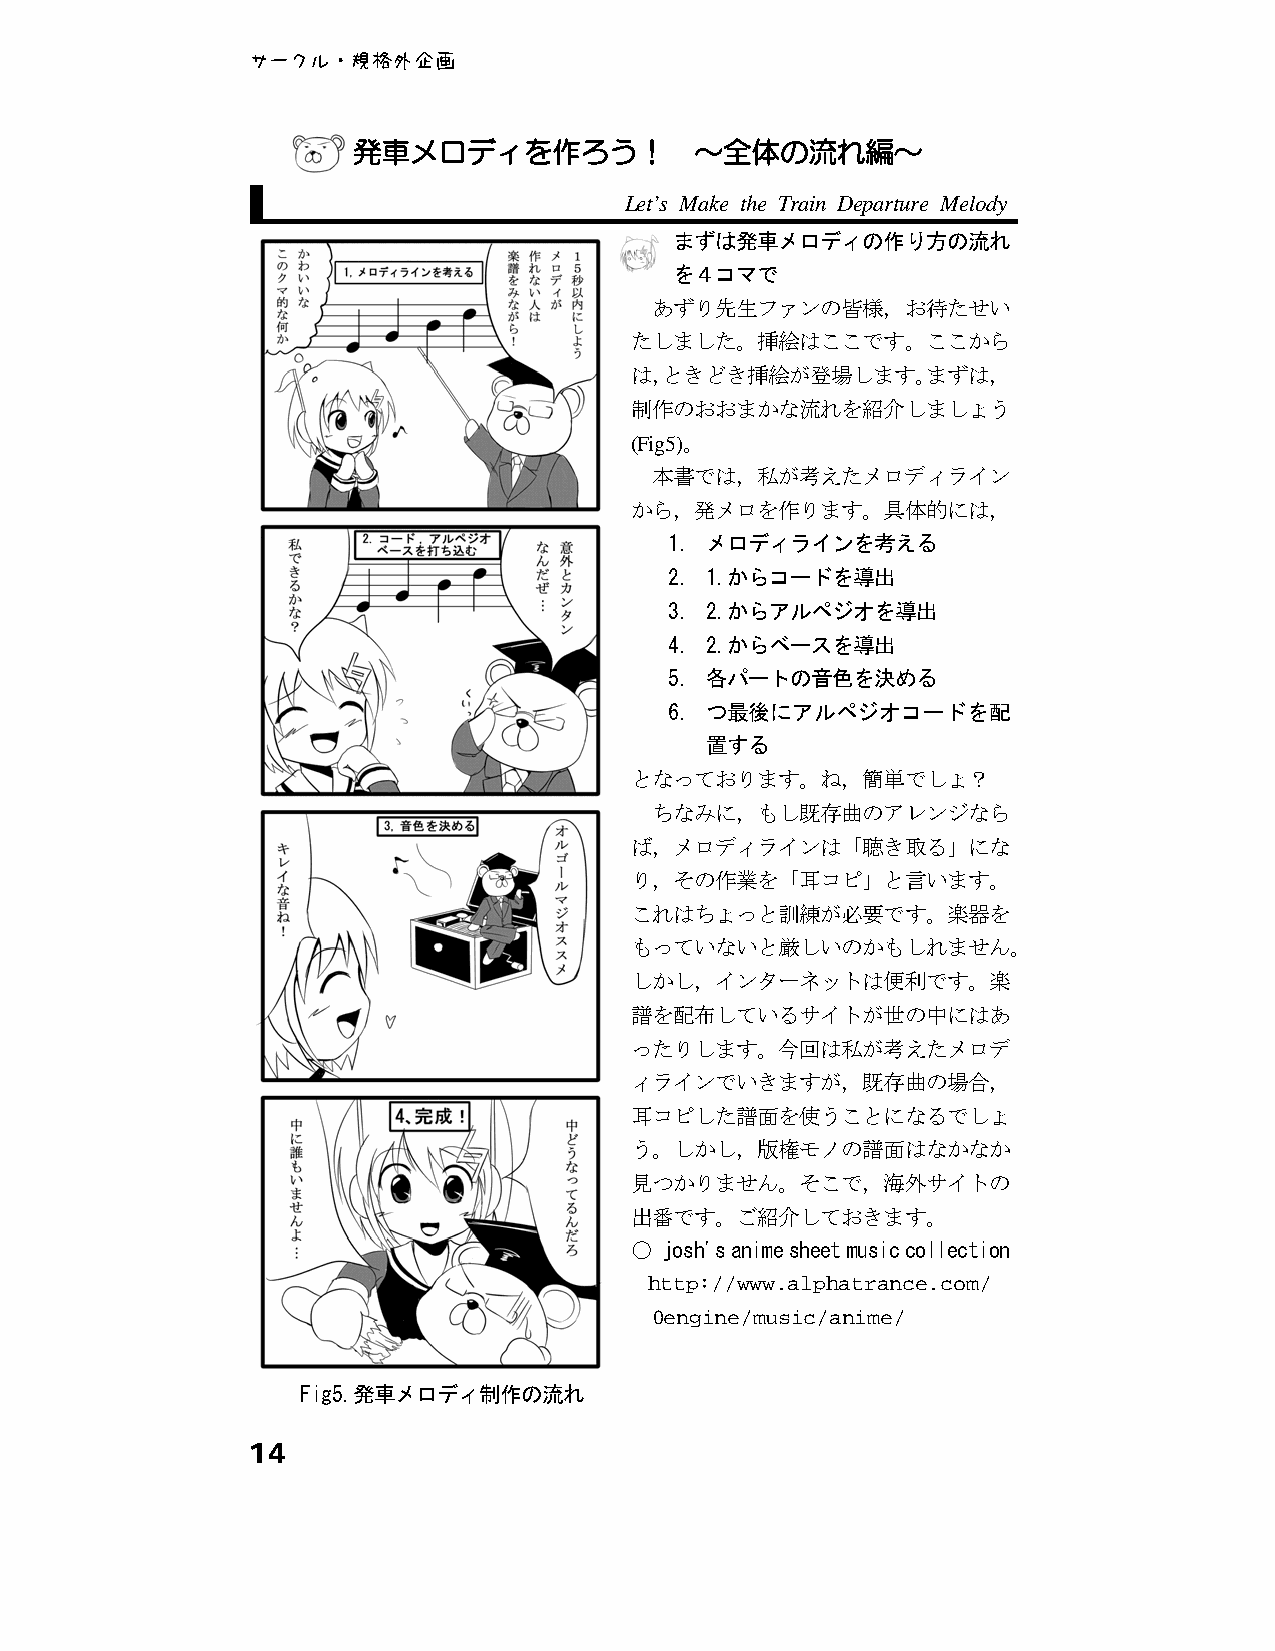
サークル・規格外企画
 発車メロディを作ろう！            ～全体の流れ編～
 Let’s Make the Train Departure Melody
 ○  まずは発車メロディの作り方の流れ
 を４コマで
 あずり先生ファンの皆様，お待たせい
 たしました。挿絵はここです。ここから
 は，ときどき挿絵が登場します。まずは，
 制作のおおまかな流れを紹介しましょう
 (Fig5)。
 本書では，私が考えたメロディライン
 から，発メロを作ります。具体的には，
 1. メロディラインを考える
 2. 1.からコードを導出
 3. 2.からアルペジオを導出
 4. 2.からベースを導出
 5. 各パートの音色を決める
 6. つ最後にアルペジオコードを配
 置する
 となっております。ね，簡単でしょ？
 ちなみに，もし既存曲のアレンジなら
 ば，メロディラインは「聴き取る」にな
 り，その作業を「耳コピ」と言います。
 これはちょっと訓練が必要です。楽器を
 もっていないと厳しいのかもしれません。
 しかし，インターネットは便利です。楽
 譜を配布しているサイトが世の中にはあ
 ったりします。今回は私が考えたメロデ
 ィラインでいきますが，既存曲の場合，
 耳コピした譜面を使うことになるでしょ
 う。しかし，版権モノの譜面はなかなか
 見つかりません。そこで，海外サイトの
 出番です。ご紹介しておきます。
 ○ josh's anime sheet music collection
 http://www.alphatrance.com/
 0engine/music/anime/
 Fig5.発車メロディ制作の流れ
 14